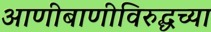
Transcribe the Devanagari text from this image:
आणीबाणीविरुद्धच्या